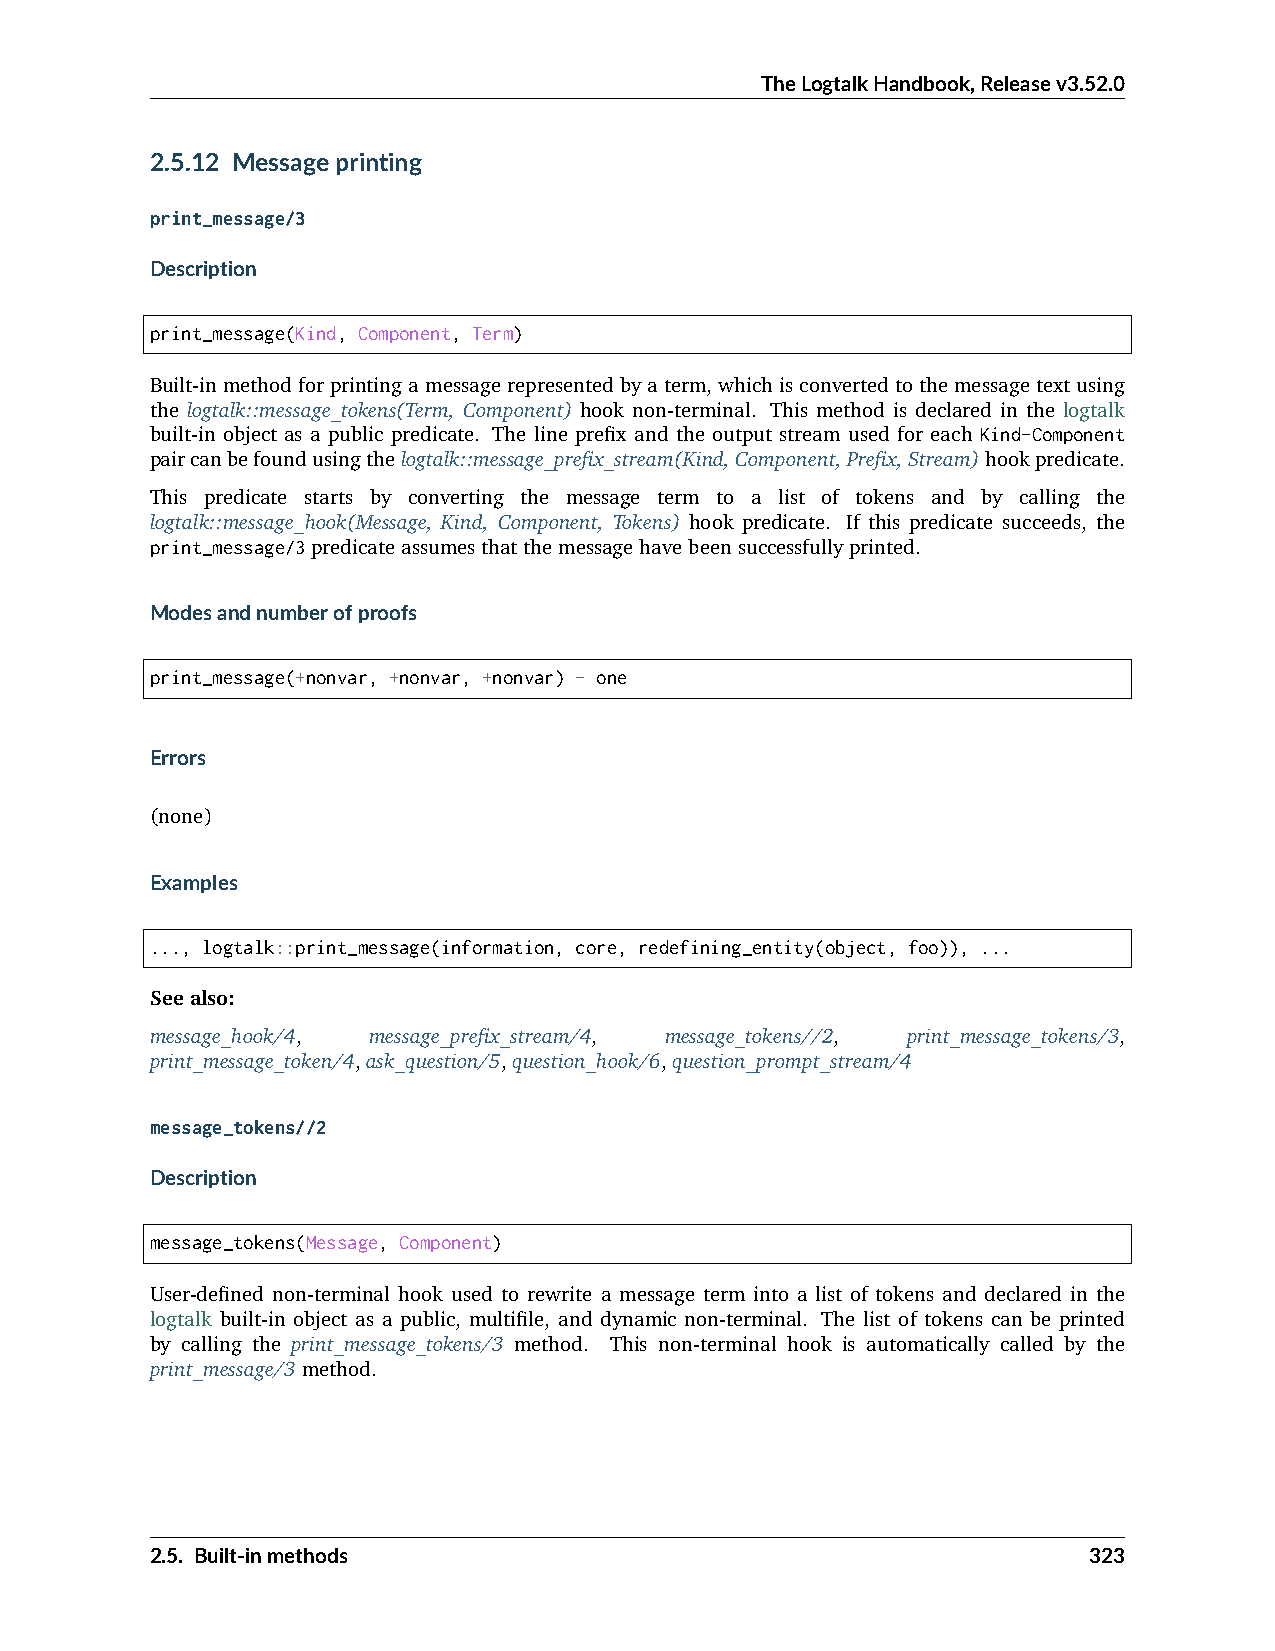
TheLogtalkHandbook,Releasev3.52.0
 2.5.12 Messageprinting
 print_message/3
 Description
 print_message(Kind, Component, Term)
 Built-inmethodforprintingamessagerepresentedbyaterm,whichisconvertedtothemessagetextusing
 the logtalk::message_tokens(Term, Component) hook non-terminal. This method is declared in the logtalk
 built-in object as a public predicate. The line prefix and the output stream used for each Kind-Component
 paircanbefoundusingthelogtalk::message_prefix_stream(Kind,Component,Prefix,Stream)hookpredicate.
 This predicate starts by converting the message term to a list of tokens and by calling the
 logtalk::message_hook(Message, Kind, Component, Tokens) hook predicate. If this predicate succeeds, the
 print_message/3predicateassumesthatthemessagehavebeensuccessfullyprinted.
 Modesandnumberofproofs
 print_message(+nonvar, +nonvar, +nonvar) - one
 Errors
 (none)
 Examples
 ..., logtalk::print_message(information, core, redefining_entity(object, foo)), ...
 Seealso:
 message_hook/4, message_prefix_stream/4, message_tokens//2, print_message_tokens/3,
 print_message_token/4,ask_question/5,question_hook/6,question_prompt_stream/4
 message_tokens//2
 Description
 message_tokens(Message, Component)
 User-defined non-terminal hook used to rewrite a message term into a list of tokens and declared in the
 logtalk built-in object as a public, multifile, and dynamic non-terminal. The list of tokens can be printed
 by calling the print_message_tokens/3 method. This non-terminal hook is automatically called by the
 print_message/3method.
 2.5. Built-inmethods                                          323